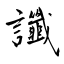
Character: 讖